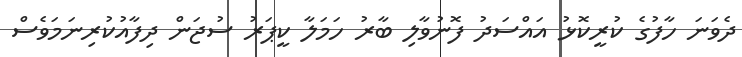
ދެވަނަ ހާފުގެ ކުރީކޮޅު އައްސަދު ފޮނުވާލި ބާރު ހަމަލާ ކީޕަރު ސުޖަން ދިފާއުކުރިނަމަވެސް